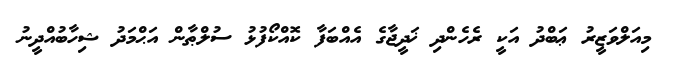
މިއަލްވަޒީރު ޢަބްދު އަކީ ރެހެންދި ޚަދީޖާގެ އެއްބަފާ ކޮއްކޯފުޅު ސުލްޠާން އަޙްމަދު ޝިހާބުއްދީނު